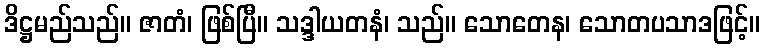
ဒိဋ္ဌမည်သည်။ ဇာတံ၊ ဖြစ်ပြီ။ သဒ္ဒါယတနံ၊ သည်။ သောတေန၊ သောတပသာဒဖြင့်။